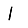
Digit: 1